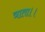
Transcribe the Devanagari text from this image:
त्राता।।